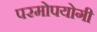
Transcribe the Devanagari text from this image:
परमोपयोगी